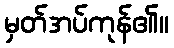
မှတ်အပ်ကုန်၏။